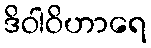
ဒိဝါဝိဟာရေ